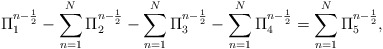
\begin{align*} \Pi_1^{n-\frac{1}{2}}-\sum\limits_{n=1}^{N}\Pi_2^{n-\frac{1}{2}}-\sum\limits_{n=1}^{N}\Pi_3^{n-\frac{1}{2}}-\sum\limits_{n=1}^{N}\Pi_4^{n-\frac{1}{2}}=\sum\limits_{n=1}^{N}\Pi_5^{n-\frac{1}{2}}, \end{align*}